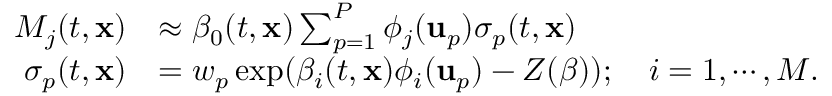
\begin{array} { r l } { M _ { j } ( t , \mathbf { x } ) } & { \approx \beta _ { 0 } ( t , \mathbf { x } ) \sum _ { p = 1 } ^ { P } \phi _ { j } ( \mathbf { u } _ { p } ) \sigma _ { p } ( t , \mathbf { x } ) } \\ { \sigma _ { p } ( t , \mathbf { x } ) } & { = w _ { p } \exp ( \beta _ { i } ( t , \mathbf { x } ) \phi _ { i } ( \mathbf { u } _ { p } ) - Z ( \boldsymbol { \beta } ) ) ; \quad i = 1 , \cdots , M . } \end{array}